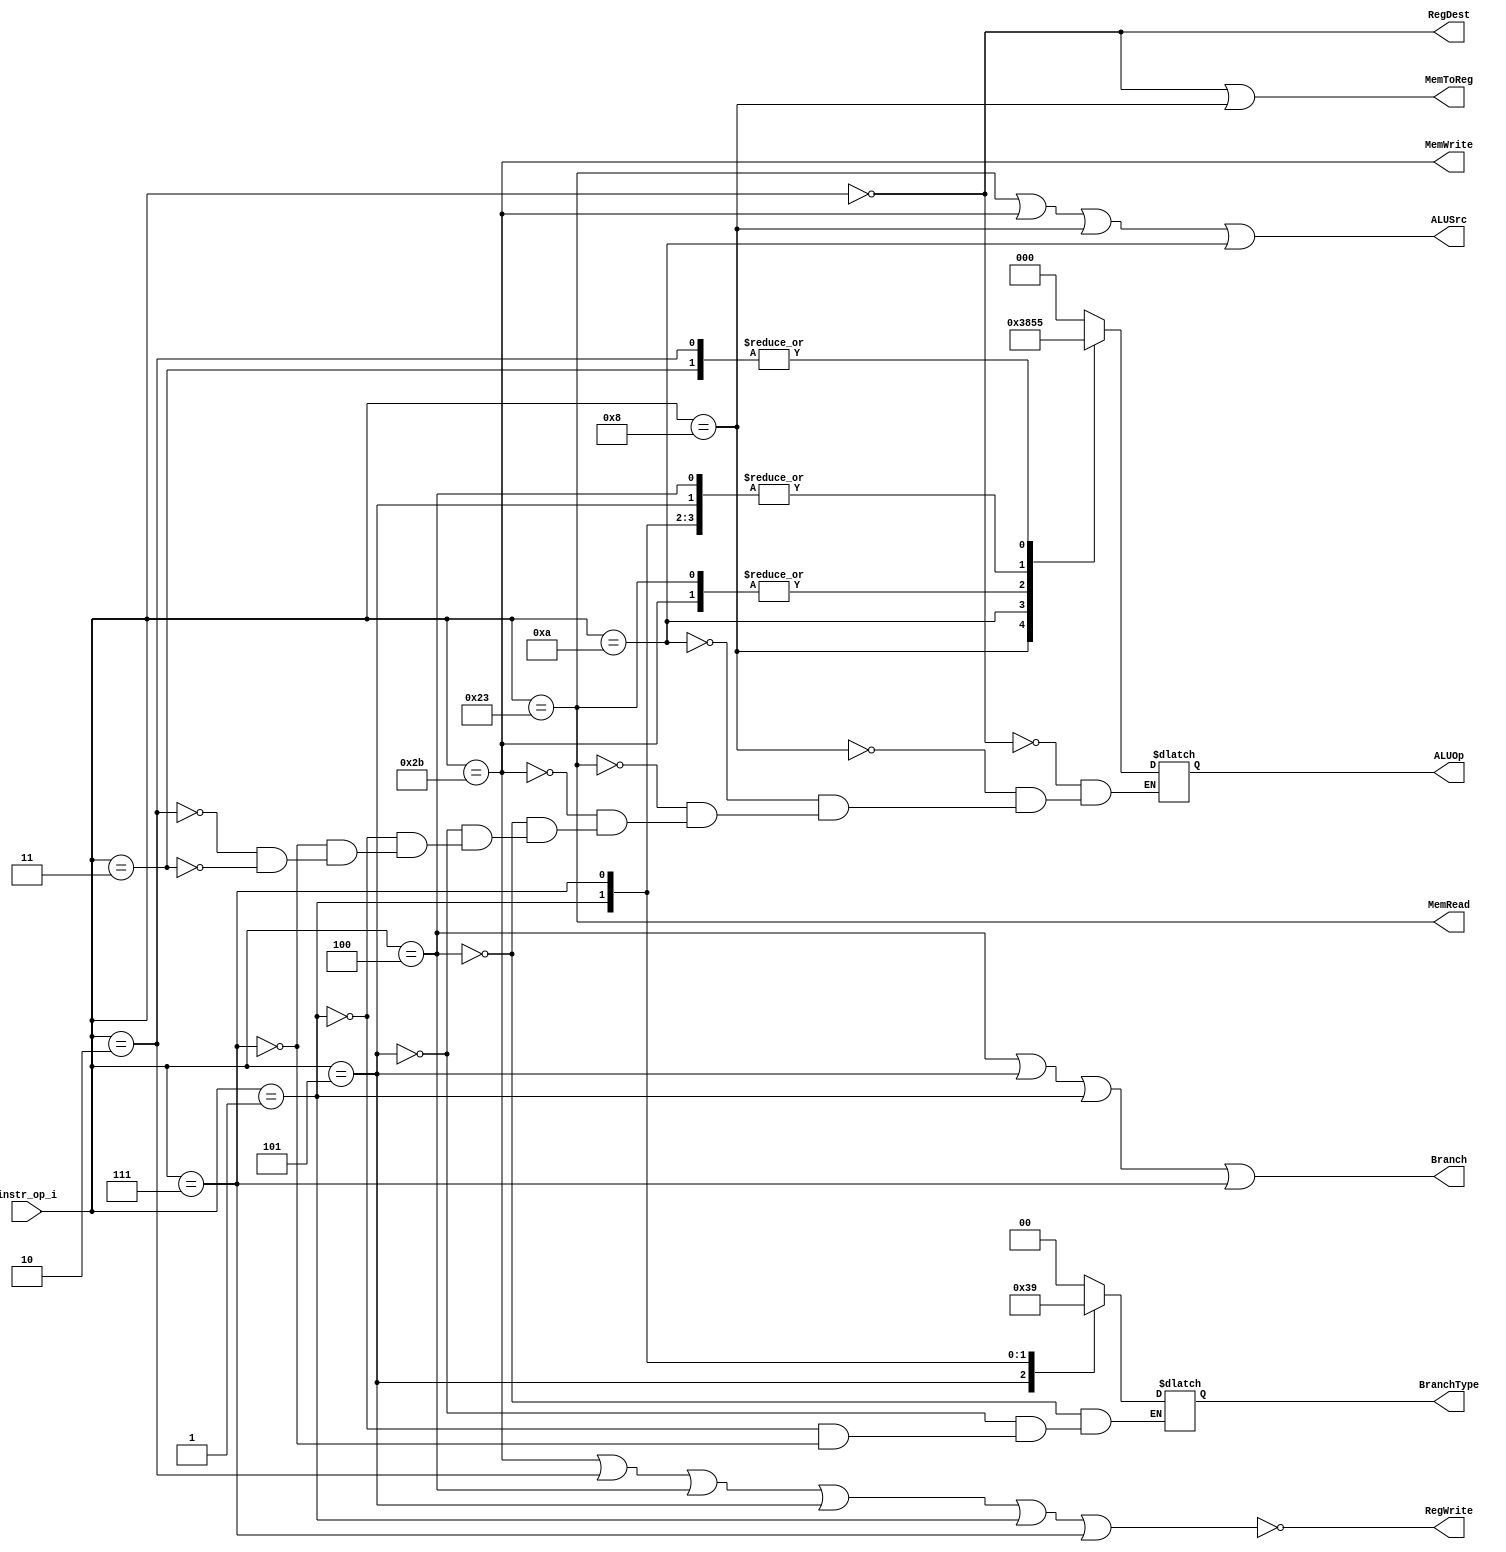
//Subject:     CO project 2 - Decoder
//--------------------------------------------------------------------------------
//Version:     1
//--------------------------------------------------------------------------------
//Writer:      
//----------------------------------------------
//Date:      
//----------------------------------------------
//Description: 
//--------------------------------------------------------------------------------

module Decoder(
        instr_op_i,
        Branch,
        MemToReg,
        MemRead,
        MemWrite,
        ALUOp,
        ALUSrc,
        RegWrite,
        RegDest,
        BranchType
        );
     
//I/O ports
input  [5:0] 	instr_op_i;

output         	Branch;
output			MemToReg;
output			MemRead;
output			MemWrite;
output 	[2:0]	ALUOp;
output         	ALUSrc;
output         	RegWrite;
output	     	RegDest; 
output	[1:0]	BranchType;

wire            rtype, addi, slti, lw, sw, beq, bne, bgt, jump, jal;
reg     [3-1:0] ALUOp;
reg     [2-1:0] BranchType;

//Main function
always@(instr_op_i)begin
    case(instr_op_i[5:0])
        6'b000000: ALUOp  <= 3'b000; //R-type
        6'b001000: ALUOp  <= 3'b011; //addi
        6'b001010: ALUOp  <= 3'b100; //slti
        6'b100011: ALUOp  <= 3'b001; //lw
        6'b101011: ALUOp  <= 3'b001; //sw
        6'b000100: ALUOp  <= 3'b010; //beq
        6'b000101: ALUOp  <= 3'b010; //bne
        6'b000001: ALUOp  <= 3'b010; //bge
        6'b000111: ALUOp  <= 3'b010; //bgt
        6'b000010: ALUOp  <= 3'b101; //jump
        6'b000011: ALUOp  <= 3'b101; //jal
    endcase
end

assign rtype = (instr_op_i == 6'b000000);
assign addi = (instr_op_i == 6'b001000);
assign slti = (instr_op_i == 6'b001010);
assign lw = (instr_op_i == 6'b100011);
assign sw = (instr_op_i == 6'b101011);
assign beq = (instr_op_i == 6'b000100);
assign bne = (instr_op_i == 6'b000101);
assign bge = (instr_op_i == 6'b000001);
assign bgt = (instr_op_i == 6'b000111);
assign jump = (instr_op_i == 6'b000010);
assign jal = (instr_op_i == 6'b000011);

assign ALUSrc = (lw | sw | addi | slti);
assign MemToReg = (rtype | addi);   
assign MemRead = lw;
assign MemWrite = sw;
assign RegWrite = ~(sw | jump | beq | bne | bge | bgt);
assign RegDest = rtype;
assign Branch = (beq | bne | bge | bgt);
     
always@(instr_op_i)begin
    case(instr_op_i[5:0])
        6'b000100: BranchType  <= 2'b00; //beq
        6'b000101: BranchType  <= 2'b11; //bne
        6'b000001: BranchType  <= 2'b10; //bge
        6'b000111: BranchType  <= 2'b01; //bgt
    endcase
end     
                
//assign BranchType[1] = ((~instr_op_i[5]) & (~instr_op_i[4]) & (~instr_op_i[3]) & (instr_op_i[2]) & (~instr_op_i[1]) & (instr_op_i[0]))   //bne
//                     | ((~instr_op_i[5]) & (~instr_op_i[4]) & (~instr_op_i[3]) & (~instr_op_i[2]) & (~instr_op_i[1]) & (instr_op_i[0])); //bge
//assign BranchType[0] = ((~instr_op_i[5]) & (~instr_op_i[4]) & (~instr_op_i[3]) & (instr_op_i[2]) & (~instr_op_i[1]) & (instr_op_i[0]))   //bne
//                     | ((~instr_op_i[5]) & (~instr_op_i[4]) & (~instr_op_i[3]) & (instr_op_i[2]) & (instr_op_i[1]) & (instr_op_i[0]));   //bgt

endmodule